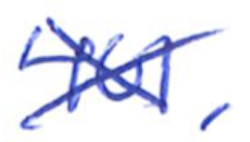
Text: 401,
Cross-out: cross
Writing tool: ballpoint